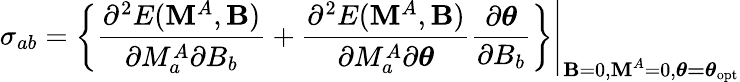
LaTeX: \sigma_{ab}=\left.\left\{ \frac{\partial^{2}E(\mathbf{M}^{A},\mathbf{B})}{\partial M_{a}^{A}\partial B_{b}}+\frac{\partial^{2}E(\mathbf{M}^{A},\mathbf{B})}{\partial M_{a}^{A}\partial\boldsymbol{\theta}}\frac{\partial\boldsymbol{\theta}}{\partial B_{b}}\right\} \right|_{\textbf{B}=0,\textbf{M}^{A}=0,\boldsymbol{\theta=\theta}_{\mathrm{opt}}}